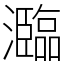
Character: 瀶